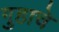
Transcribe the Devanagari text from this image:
गुहाचे